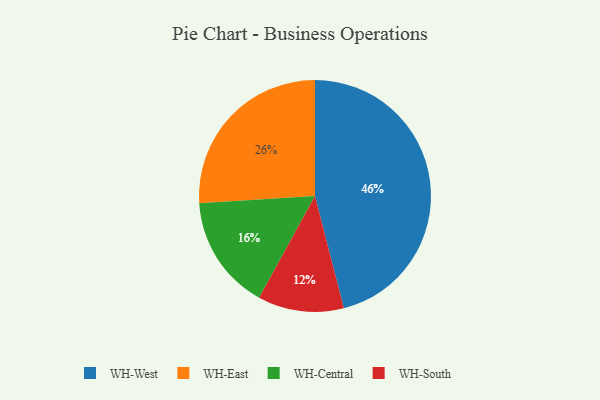
{"axis": {"x": "Category", "y": "Percentage"}, "legend": ["WH-Central", "WH-East", "WH-South", "WH-West"], "data": [{"x": "WH-East", "y": 26, "type": "WH-East"}, {"x": "WH-West", "y": 46, "type": "WH-West"}, {"x": "WH-South", "y": 12, "type": "WH-South"}, {"x": "WH-Central", "y": 16, "type": "WH-Central"}]}